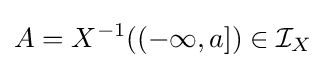
A=X^{-1}((-\infty ,a])\in {\mathcal {I}}_{X}